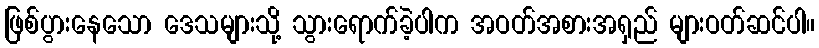
ဖြစ်ပွားနေသော ဒေသများသို့ သွားရောက်ခဲ့ပါက အဝတ်အစားအရှည် များဝတ်ဆင်ပါ။